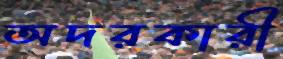
অদরকারী